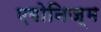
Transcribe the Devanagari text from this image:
एगोनिज्म